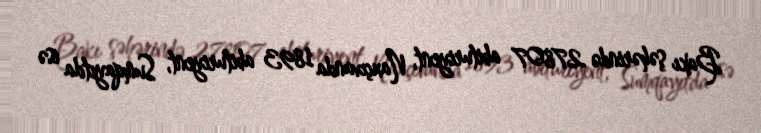
Bakı şəhərində 27807 abituriyent, Naxçıvanda 1893 abituriyent, Sumqayıtda isə